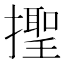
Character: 𢶫